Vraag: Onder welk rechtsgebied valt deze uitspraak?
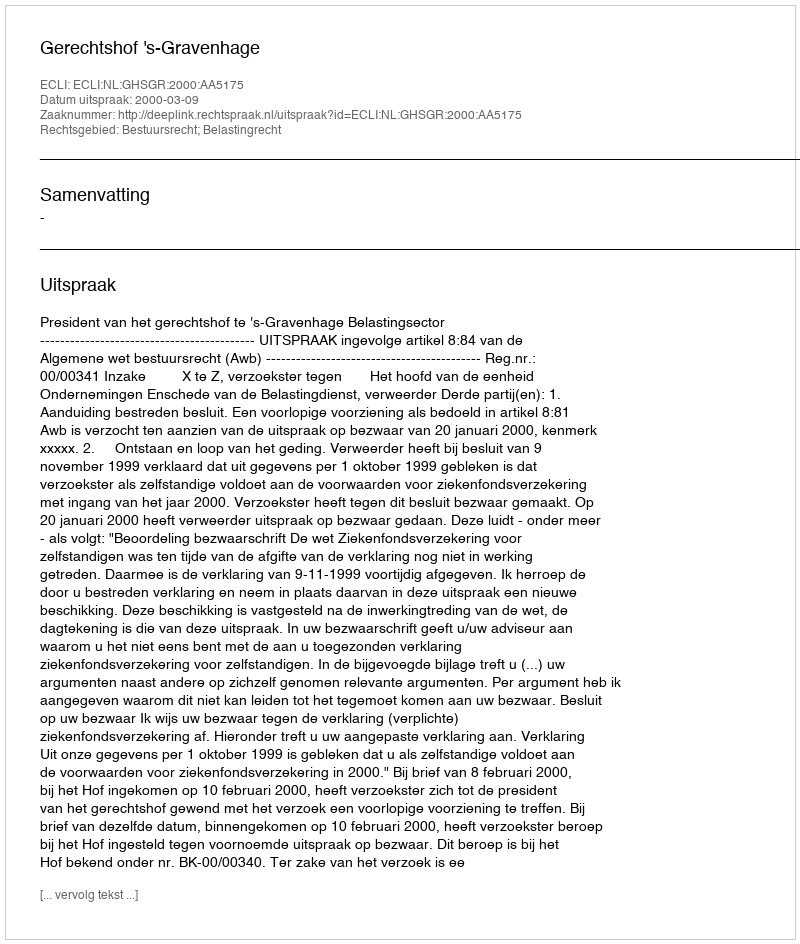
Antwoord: Bestuursrecht; Belastingrecht